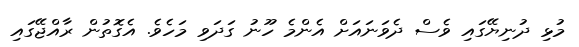
މުޅި ދުނިޔޭގައި ވެސް ދެވަނައަށް އެންމެ ހޫނު ގަދަވި މަހެވެ. އެގޮތުން ރާއްޖޭގައި